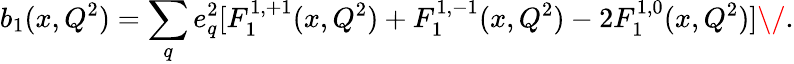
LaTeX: b_{1}(x,Q^{2})=\sum_{q}e_{q}^{2}[F_{1}^{1,+1}(x,Q^{2})+F_{1}^{1,-1}(x,Q^{2})-2F_{1}^{1,0}(x,Q^{2})]\/ .